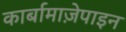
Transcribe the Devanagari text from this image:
कार्बामाज़ेपाइन